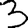
Digit: 3